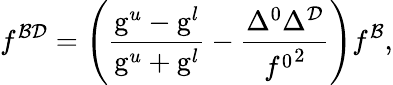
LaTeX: f^{{\cal B}{\cal D}}=\left(\frac{\mathrm{g}^{u}-\mathrm{g}^{l}}{\mathrm{g}^{u}+\mathrm{g}^{l}}-\frac{\Delta^{0}\Delta^{\cal D}}{{f^{0}}^{2}}\right)f^{{\cal B}},